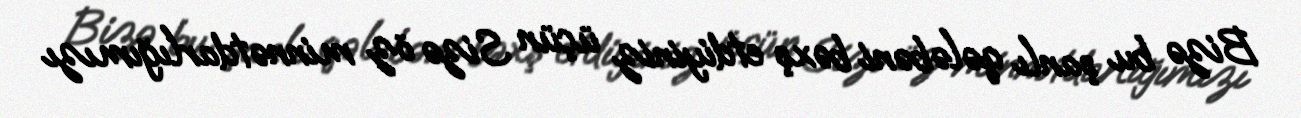
Bizə bu şanlı qələbəni bəxş etdiyiniz üçün Sizə öz minnətdarlığımızı